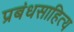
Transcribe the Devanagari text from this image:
प्रबंधसाहित्य